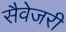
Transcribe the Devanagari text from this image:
सैवेजरी